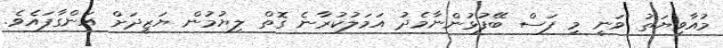
މުއާވިޔަތު ވަނީ މި ފަސް ބޭފުޅުންނާމެދު އަމަލުކުރާނެ ގޮތް ލިޔުމުން ޔަޒީދަށް އަންގާފައެވެ.